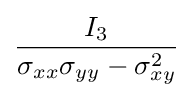
{\frac {I_{3}}{\sigma _{xx}\sigma _{yy}-\sigma _{xy}^{2}}}